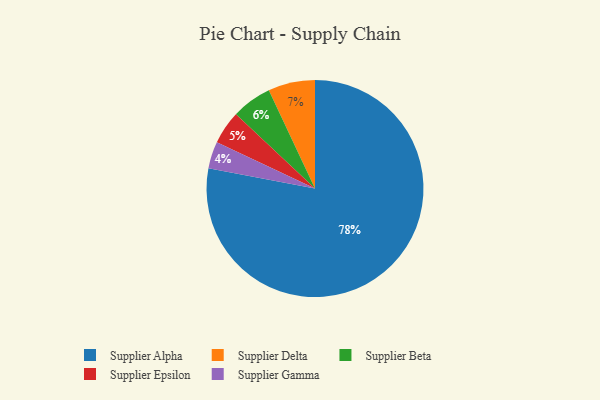
{"axis": {"x": "Category", "y": "Percentage"}, "legend": ["Supplier Alpha", "Supplier Beta", "Supplier Delta", "Supplier Epsilon", "Supplier Gamma"], "data": [{"x": "Supplier Beta", "y": 6, "type": "Supplier Beta"}, {"x": "Supplier Epsilon", "y": 5, "type": "Supplier Epsilon"}, {"x": "Supplier Delta", "y": 7, "type": "Supplier Delta"}, {"x": "Supplier Alpha", "y": 78, "type": "Supplier Alpha"}, {"x": "Supplier Gamma", "y": 4, "type": "Supplier Gamma"}]}